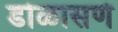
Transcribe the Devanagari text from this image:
डोळासणे